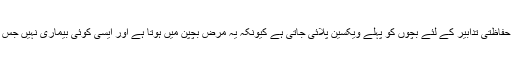
یہ ایسا مرض ہے جس سے حفاظتی تدابیر کے لئے بچوں کو پہلے ویکسین پلائی جاتی ہے کیونکہ یہ مرض بچپن میں ہوتا ہے اور ایسی کوئی بیماری نہیں جس کا علاج پہلے کروایا جائے۔